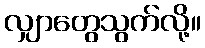
လျှာတွေသွက်လို့။